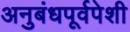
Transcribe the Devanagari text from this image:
अनुबंधपूर्वपेशी